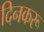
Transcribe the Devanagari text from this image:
दिनकरू